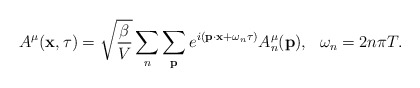
\begin{align*}A^{\mu}({\bf x}, \tau) = \sqrt{\frac{\beta}{V}} \sum_n \sum_{{\bf p}} e^{ i({\bf p}\cdot {\bf x} +\omega_n\tau) } A_n^{\mu}({\bf p}), \ \ \omega_n = 2n\pi T.\end{align*}